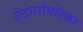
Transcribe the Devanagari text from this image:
ग्रेटानोमोस्का